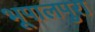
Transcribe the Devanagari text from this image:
भूपालपुरा